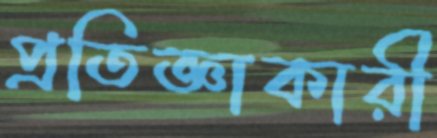
প্রতিজ্ঞাকারী